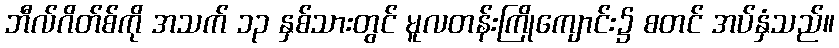
ဘီလ်ဂိတ်စ်ကို အသက် ၁၃ နှစ်သားတွင် မူလတန်းကြိုကျောင်း၌ စတင် အပ်နှံသည်။